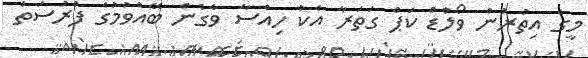
މީގެ އިތުރުން ވޯލްޑް ކަޕް ގަތަރާ އެކު ހިއްސާ ވެގެން ބޭއްވުމުގެ ފުރުސަތު